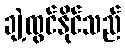
ချဲ့ထွင်နိုင်သည်